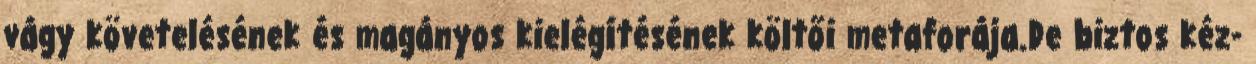
vágy követelésének és magányos kielégítésének költői metaforája.De biztos kéz-